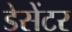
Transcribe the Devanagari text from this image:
डेसेंटर